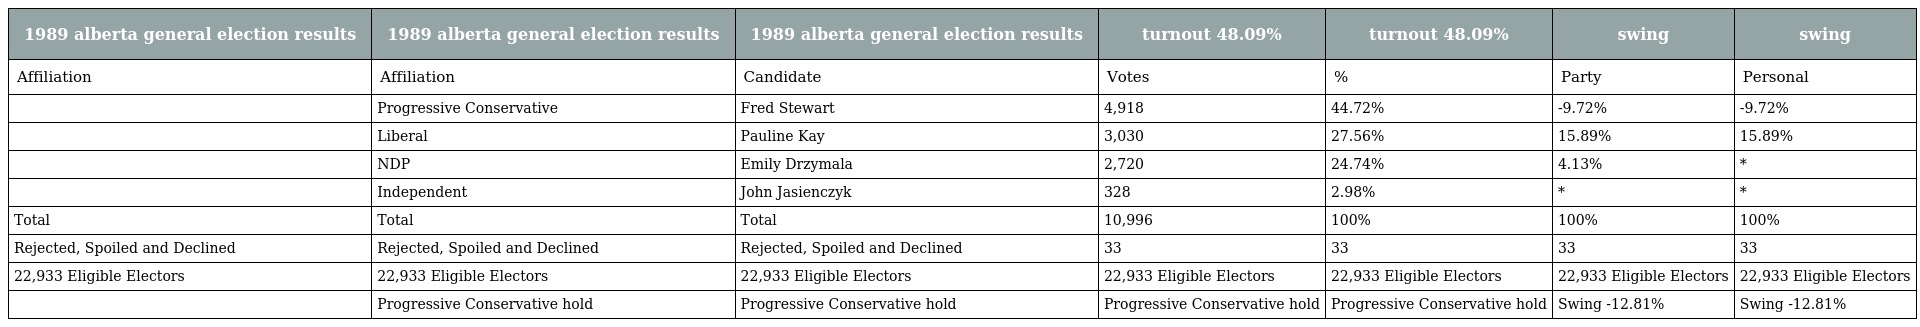
| 1989 alberta general election results | 1989 alberta general election results | 1989 alberta general election results | turnout 48.09% | turnout 48.09% | swing | swing |
 | --- | --- | --- | --- | --- | --- | --- |
 | Affiliation | Affiliation | Candidate | Votes | % | Party | Personal |
 |  | Progressive Conservative | Fred Stewart | 4,918 | 44.72% | -9.72% | -9.72% |
 |  | Liberal | Pauline Kay | 3,030 | 27.56% | 15.89% | 15.89% |
 |  | NDP | Emily Drzymala | 2,720 | 24.74% | 4.13% | * |
 |  | Independent | John Jasienczyk | 328 | 2.98% | * | * |
 | Total | Total | Total | 10,996 | 100% | 100% | 100% |
 | Rejected, Spoiled and Declined | Rejected, Spoiled and Declined | Rejected, Spoiled and Declined | 33 | 33 | 33 | 33 |
 | 22,933 Eligible Electors | 22,933 Eligible Electors | 22,933 Eligible Electors | 22,933 Eligible Electors | 22,933 Eligible Electors | 22,933 Eligible Electors | 22,933 Eligible Electors |
 |  | Progressive Conservative hold | Progressive Conservative hold | Progressive Conservative hold | Progressive Conservative hold | Swing -12.81% | Swing -12.81% |